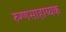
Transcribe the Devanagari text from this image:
रुग्णसाहाय्यक